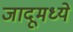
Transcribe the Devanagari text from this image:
जादूमध्ये